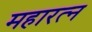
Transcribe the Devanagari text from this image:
महारत्‍न